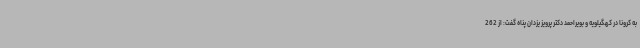
به کرونا در کهگیلویه و بویراحمد دکتر پرویز یزدان پناه گفت: از 262